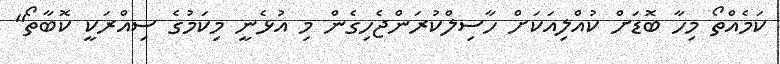
ކަމެއްތޯ މިހާ ބޮޑަށް ކުއްލިއަކަށް ހާސިލްކުރަންޖެހިގެން މި އުޅެނީ މިކަމުގެ ސިއްރަކީ ކޮބާތޯ"